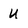
Character: u